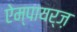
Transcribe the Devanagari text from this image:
ऐम्पायर्ज़